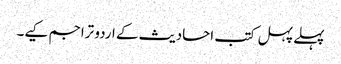
پہلے پہل کتب احادیث کے اردو تراجم کیے۔